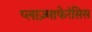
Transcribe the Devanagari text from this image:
प्लाज़्माफेरेसिस